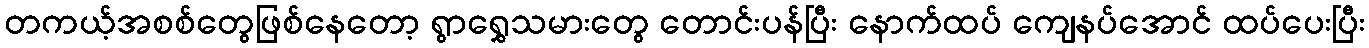
တကယ့်အစစ်တွေဖြစ်နေတော့ ရွာရွှေသမားတွေ တောင်းပန်ပြီး နောက်ထပ် ကျေနပ်အောင် ထပ်ပေးပြီး